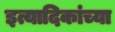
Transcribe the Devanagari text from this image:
इत्यादिकांच्या